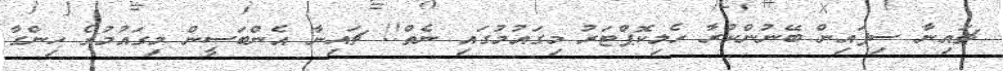
ޗައިނާ ސިފައިން ބޭނުންކުރާ ހެލިކޮޕްޓަރު މިގައުމުގައި ނެތް!! ޗައިނާ އެންބަސީން މިގައުމުގެ ހިންގާ